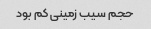
حجم سیب زمینی کم بود